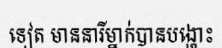
ទៀត មាននារីម្នាក់បានបង្ហោះ